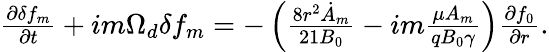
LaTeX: \begin{array}{r}{\frac{\partial\delta f_{m}}{\partial t}+{im\Omega_{d}\delta f_{m}}=-\left(\frac{8r^{2}\dot{A}_{m}}{21B_{0}}-im\frac{\mu A_{m}}{qB_{0}\gamma}\right)\frac{\partial f_{0}}{\partial r}.}\end{array}